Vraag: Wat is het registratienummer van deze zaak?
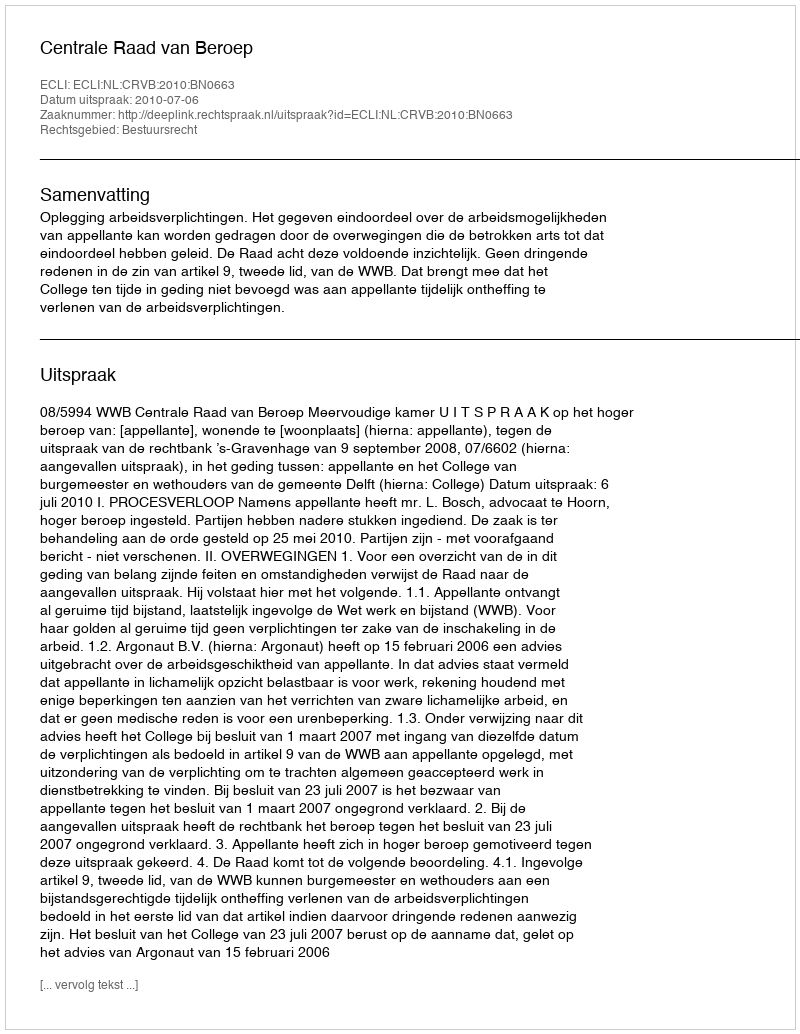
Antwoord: http://deeplink.rechtspraak.nl/uitspraak?id=ECLI:NL:CRVB:2010:BN0663